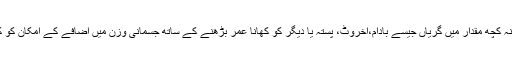
درحقیقت روزانہ کچھ مقدار میں گریاں جیسے بادام،اخروٹ، پستہ یا دیگر کو کھانا عمر بڑھنے کے ساتھ جسمانی وزن میں اضافے کے امکان کو کم کر سکتاہے۔